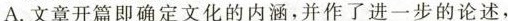
A.文章开篇即确定文化的内涵，并作了进一步的论述，